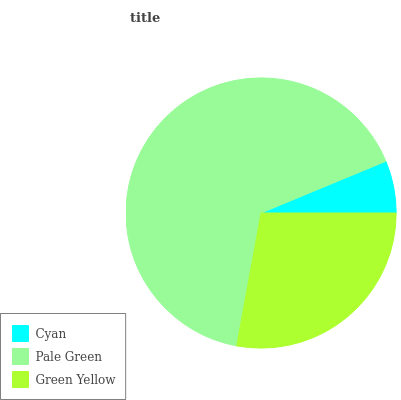
| Cyan | Pale Green | Green Yellow |
 | --- | --- | --- |
 | 6.25% | 65.9% | 27.9% |